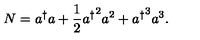
N = a ^ { \dagger } a + \frac { 1 } { 2 } { a ^ { \dagger } } ^ { 2 } a ^ { 2 } + { a ^ { \dagger } } ^ { 3 } a ^ { 3 } .